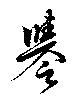
誉